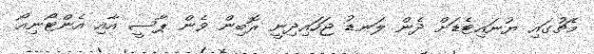
މެޗުގައި ޔުނައިޓެޑަށް ދެން ލަނޑު ޖަހައިދިނީ ރޮބިން ވެން ޕާސީ އާއި އެންޓޯނިއޯ